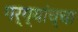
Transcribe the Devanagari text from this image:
गर्ग्यांच्चा